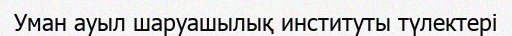
Уман ауыл шаруашылық институты түлектері